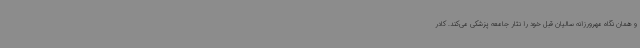
و همان نگاه مهرورزانه سالیان قبل خود را نثار جامعه پزشکی می‌کند. کادر